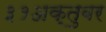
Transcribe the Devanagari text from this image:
३१अक्तुबर